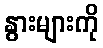
နွားများကို